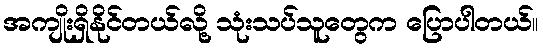
အကျိုးရှိနိုင်တယ်လို့ သုံးသပ်သူတွေက ပြောပါတယ်။